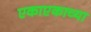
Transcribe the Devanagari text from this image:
एकाएकाच्या